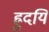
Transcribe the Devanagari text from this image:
ह्रुदयिं